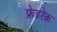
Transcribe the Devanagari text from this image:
फ्रेडरेक